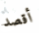
أقصد